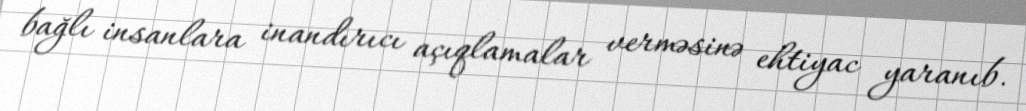
bağlı insanlara inandırıcı açıqlamalar verməsinə ehtiyac yaranıb.